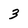
Character: 3